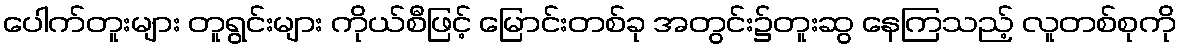
ပေါက်တူးများ တူရွင်းများ ကိုယ်စီဖြင့် မြောင်းတစ်ခု အတွင်း၌တူးဆွ နေကြသည့် လူတစ်စုကို